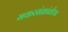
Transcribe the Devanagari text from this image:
मकरसंक्रांतीचा